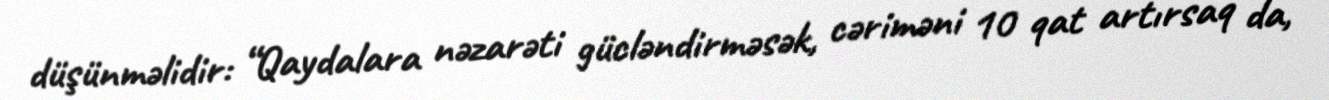
düşünməlidir: “Qaydalara nəzarəti gücləndirməsək, cəriməni 10 qat artırsaq da,